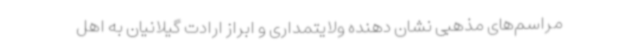
مراسم‌های مذهبی نشان دهنده ولایتمداری و ابراز ارادت گیلانیان به اهل